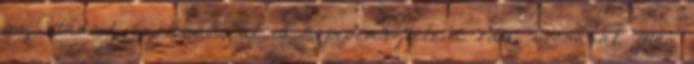
az utánad szólónak, át is kopipéasztelem oda, bocsánat Még